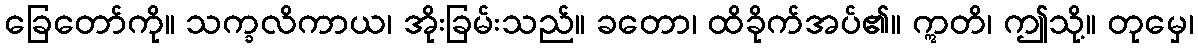
ခြေတော်ကို။ သက္ခလိကာယ၊ အိုးခြမ်းသည်။ ခတော၊ ထိခိုက်အပ်၏။ ဣတိ၊ ဤသို့။ တုမှေ၊